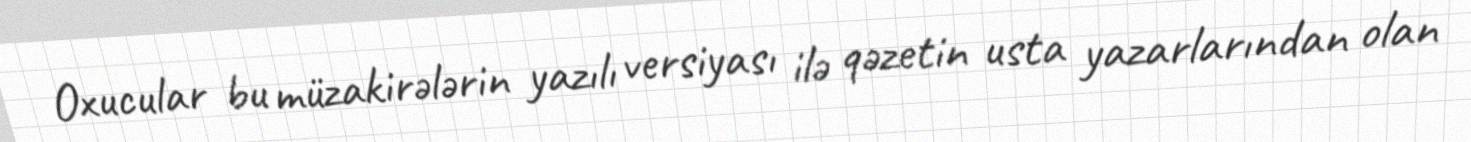
Oxucular bu müzakirələrin yazılı versiyası ilə qəzetin usta yazarlarından olan